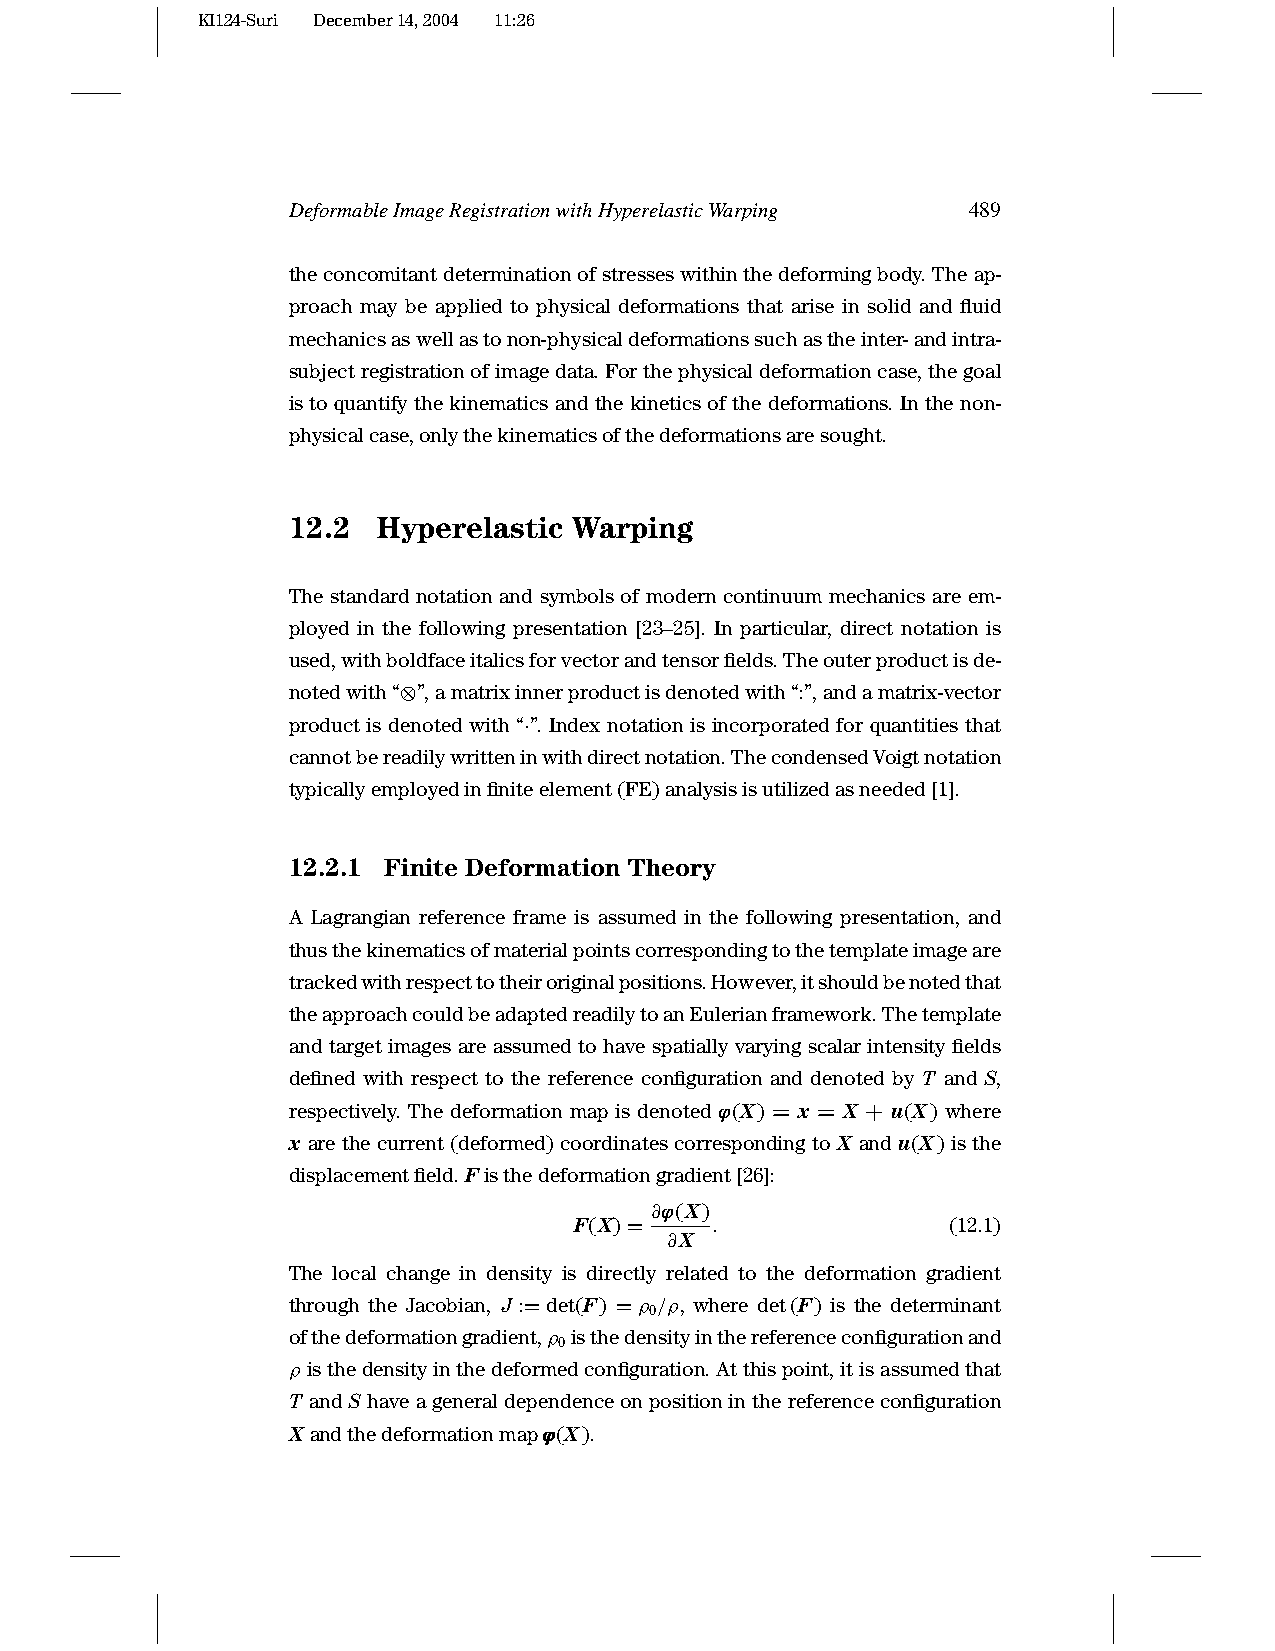
KI124-Suri December14,2004 11:26
 DeformableImageRegistrationwithHyperelasticWarping 489
 theconcomitantdeterminationofstresseswithinthedeformingbody.Theap-
 proach may be applied to physical deformations that arise in solid and fluid
 mechanicsaswellastonon-physicaldeformationssuchastheinter-andintra-
 subjectregistrationofimagedata.Forthephysicaldeformationcase,thegoal
 is to quantify the kinematics and the kinetics of the deformations. In the non-
 physicalcase,onlythekinematicsofthedeformationsaresought.
 12.2  Hyperelastic Warping
 The standard notation and symbols of modern continuum mechanics are em-
 ployed in the following presentation [23–25]. In particular, direct notation is
 used,withboldfaceitalicsforvectorandtensorfields.Theouterproductisde-
 notedwith“⊗”,amatrixinnerproductisdenotedwith“:”,andamatrix-vector
 product is denoted with “·”. Index notation is incorporated for quantities that
 cannotbereadilywritteninwithdirectnotation.ThecondensedVoigtnotation
 typicallyemployedinfiniteelement(FE)analysisisutilizedasneeded[1].
 12.2.1 Finite Deformation Theory
 A Lagrangian reference frame is assumed in the following presentation, and
 thusthekinematicsofmaterialpointscorrespondingtothetemplateimageare
 trackedwithrespecttotheiroriginalpositions.However,itshouldbenotedthat
 theapproachcouldbeadaptedreadilytoanEulerianframework.Thetemplate
 and target images are assumed to have spatially varying scalar intensity fields
 defined with respect to the reference configuration and denoted by T and S,
 respectively. The deformation map is denotedϕϕϕ(X) = x = X + u(X) where
 x are the current (deformed) coordinates corresponding to X and u(X) is the
 displacementfield.Fisthedeformationgradient[26]:
 ∂ϕϕϕ(X)
 F(X)=    .               (12.1)
 ∂X
 The local change in density is directly related to the deformation gradient
 through the Jacobian, J :=det(F) =ρ /ρ, where det(F) is the determinant
 0
 ofthedeformationgradient,ρ isthedensityinthereferenceconfigurationand
 0
 ρ isthedensityinthedeformedconfiguration.Atthispoint,itisassumedthat
 T andS haveageneraldependenceonpositioninthereferenceconfiguration
 Xandthedeformationmapϕϕϕ(X).